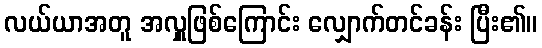
လယ်ယာအတူ အလှူဖြစ်ကြောင်း လျှောက်တင်ခန်း ပြီး၏။